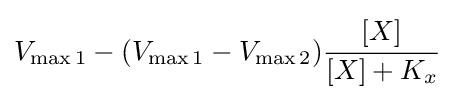
V_{\max 1}-(V_{\max 1}-V_{\max 2}){\cfrac {[X]}{[X]+K_{x}}}